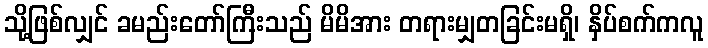
သို့ဖြစ်လျှင် ခမည်းတော်ကြီးသည် မိမိအား တရားမျှတခြင်းမရှိ၊ နှိပ်စက်ကလူ